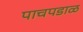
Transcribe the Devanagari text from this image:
पाचपडाळ